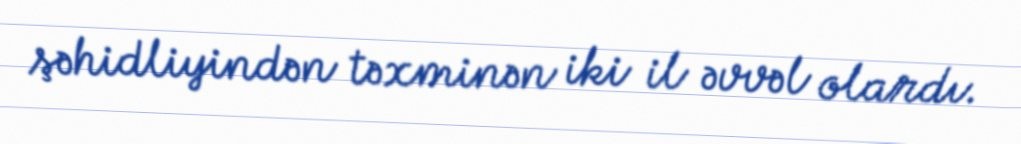
şəhidliyindən təxminən iki il əvvəl olardı.